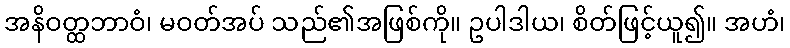
အနိဝတ္ထဘာဝံ၊ မဝတ်အပ် သည်၏အဖြစ်ကို။ ဥပါဒါယ၊ စိတ်ဖြင့်ယူ၍။ အဟံ၊